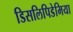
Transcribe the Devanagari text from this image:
डिसलिपिडेमिया